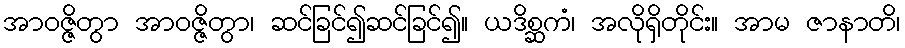
အာဝဇ္ဇိတွာ အာဝဇ္ဇိတွာ၊ ဆင်ခြင်၍ဆင်ခြင်၍။ ယဒိစ္ဆကံ၊ အလိုရှိတိုင်း။ အာမ ဇာနာတိ၊